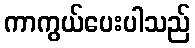
ကာကွယ်ပေးပါသည်